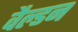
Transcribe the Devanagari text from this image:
वैल्डन